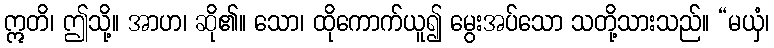
ဣတိ၊ ဤသို့။ အာဟ၊ ဆို၏။ သော၊ ထိုကောက်ယူ၍ မွေးအပ်သော သတို့သားသည်။ “မယှံ၊